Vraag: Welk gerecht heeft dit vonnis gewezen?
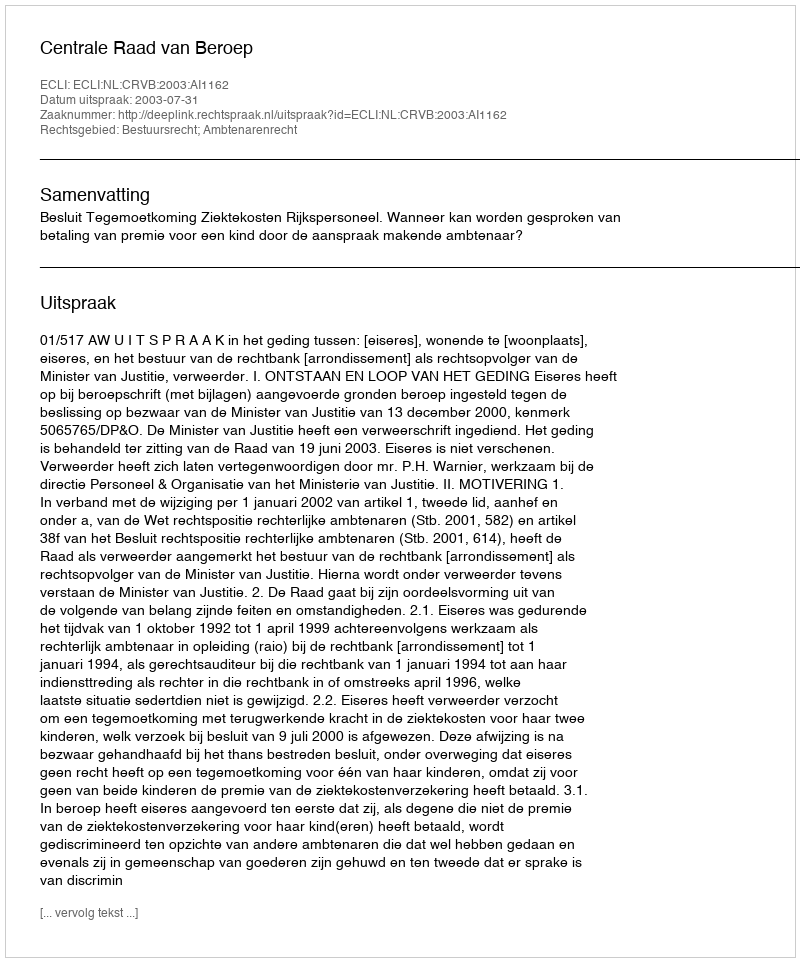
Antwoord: Centrale Raad van Beroep